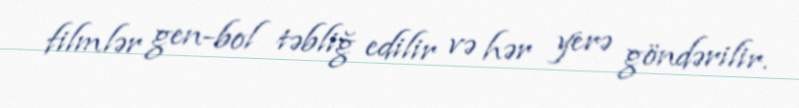
filmlər gen-bol təbliğ edilir və hər yerə göndərilir.